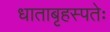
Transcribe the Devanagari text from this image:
धाताबृहस्पतेः